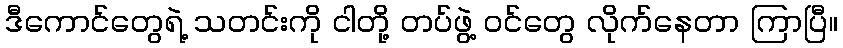
ဒီကောင်တွေရဲ့ သတင်းကို ငါတို့ တပ်ဖွဲ့ ဝင်တွေ လိုက်နေတာ ကြာပြီ။